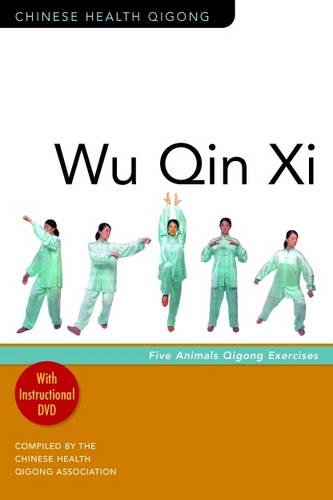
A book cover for Wu Qin XI: Five-Animal Qigong Exercises [With Instructional DVD] (Chinese Health Qigong); Health, Fitness & Dieting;